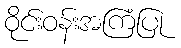
ဝိုင်းဝန်းအကြံပြု